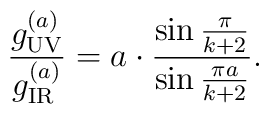
{g_{\tiny\rm UV}^{(a)}\over{g_{\tiny\rm IR}^{(a)}}}=a\cdot {\sin{\pi\over{k+2}}\over{\sin{\pi a\over{k+2}}}}.